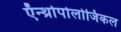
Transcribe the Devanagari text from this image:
ऍन्थ्रोपोलोजिकल